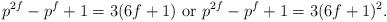
LaTeX: \begin{align*}p^{2f}-p^f+1 = 3(6f+1) \mbox{ or } p^{2f}-p^f+1 = 3(6f+1)^2.\end{align*}